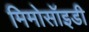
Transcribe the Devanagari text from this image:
मिमोसॉइडी